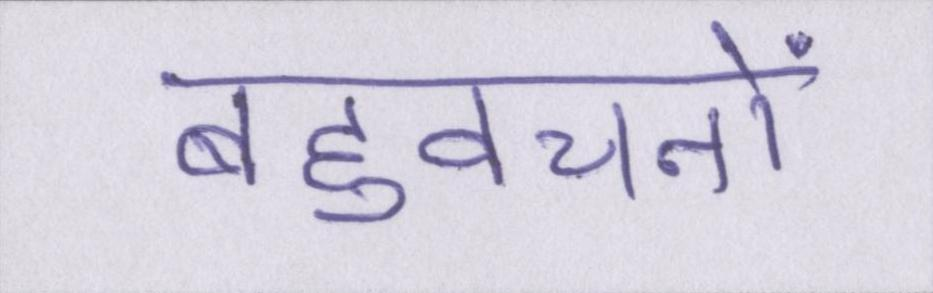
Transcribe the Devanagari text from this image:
बहुवचनों